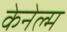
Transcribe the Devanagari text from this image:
केनेल्म